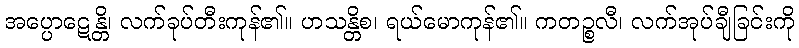
အပ္ပောဋေန္တိ၊ လက်ခုပ်တီးကုန်၏။ ဟသန္တိစ၊ ရယ်မောကုန်၏။ ကတဉ္စလီ၊ လက်အုပ်ချီခြင်းကို